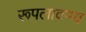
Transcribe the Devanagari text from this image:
रूपलावण्य